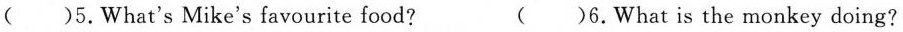
()5.What's Mike's favourite food? ( )6.What is the monkey doing?